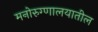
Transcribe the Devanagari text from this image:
मनोरुग्णालयातील